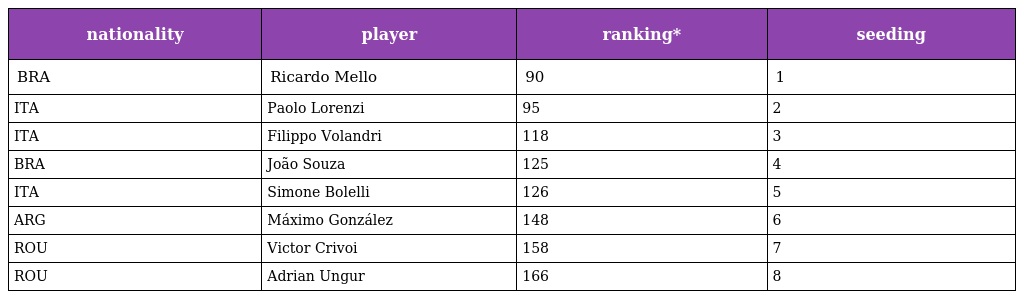
| nationality | player | ranking* | seeding |
 | --- | --- | --- | --- |
 | BRA | Ricardo Mello | 90 | 1 |
 | ITA | Paolo Lorenzi | 95 | 2 |
 | ITA | Filippo Volandri | 118 | 3 |
 | BRA | João Souza | 125 | 4 |
 | ITA | Simone Bolelli | 126 | 5 |
 | ARG | Máximo González | 148 | 6 |
 | ROU | Victor Crivoi | 158 | 7 |
 | ROU | Adrian Ungur | 166 | 8 |